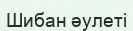
Шибан әулеті